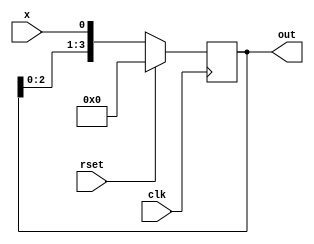
module lsreg (clk,rset,x,out);
    input wire clk;
    input wire rset;
    input wire x;
    output reg [3:0] out;
    
    always @(posedge clk) begin
        if (rset) begin
            out<= 4'b0000;
        end 
        else begin
             out<= 4'b0001;
            out<= {out[2:0], x};
        end
    end

endmodule